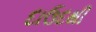
દાઉદથી